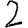
Digit: 2